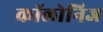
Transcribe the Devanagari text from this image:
कॉलोनिज